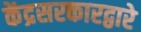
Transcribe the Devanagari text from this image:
केंद्रसरकारद्वारे